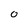
Character: O